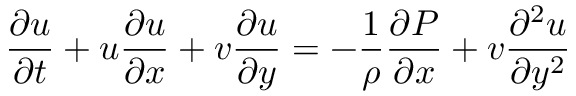
\frac { \partial u } { \partial t } + u \frac { \partial u } { \partial x } + v \frac { \partial u } { \partial y } = - \frac { 1 } { \rho } \frac { \partial P } { \partial x } + v \frac { \partial ^ { 2 } u } { \partial y ^ { 2 } }